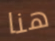
هنا